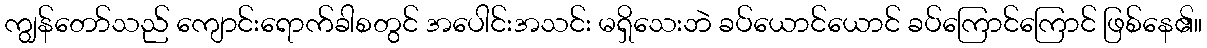
ကျွန်တော်သည် ကျောင်းရောက်ခါစတွင် အပေါင်းအသင်း မရှိသေးဘဲ ခပ်ယောင်ယောင် ခပ်ကြောင်ကြောင် ဖြစ်နေ၏။